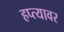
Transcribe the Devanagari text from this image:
हप्त्यावर